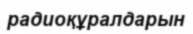
радиоқұралдарын